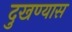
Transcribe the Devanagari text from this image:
दुखण्यास